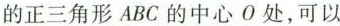
的正三角形ABC的中心0处，可以